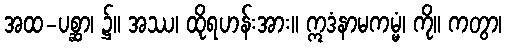
အထ-ပစ္ဆာ၊ ၌။ အဿ၊ ထိုရဟန်းအား။ ဣဒံနာမကမ္မံ၊ ကို။ ကတွာ၊